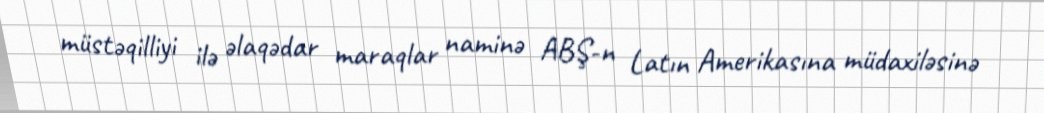
müstəqilliyi ilə əlaqədar maraqlar naminə ABŞ-n Latın Amerikasına müdaxiləsinə